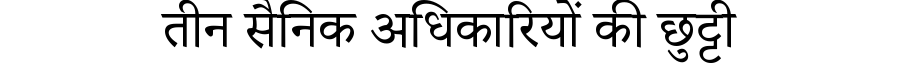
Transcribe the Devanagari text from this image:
तीन सैनिक अधिकारियों की छुट्टी